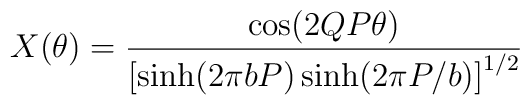
X(\theta)=\frac{\cos(2QP\theta)}{\left[  \sinh(2\pi bP)\sinh(2\pi P/b)\right]^{1/2}}